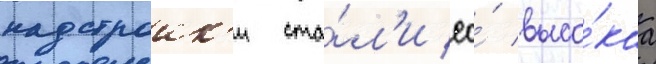
надстроик'и ста́л'и ео́ высо́каа